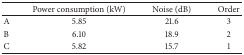
<table><thead><tr><td></td><td><b>Power consumption (kW)</b></td><td><b>Noise (dB)</b></td><td><b>Order</b></td></tr></thead><tbody><tr><td>A</td><td>5.85</td><td>21.6</td><td>3</td></tr><tr><td>B</td><td>6.10</td><td>18.9</td><td>2</td></tr><tr><td>C</td><td>5.82</td><td>15.7</td><td>1</td></tr></tbody></table>